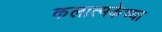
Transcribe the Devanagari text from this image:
कलात्मकेच्या